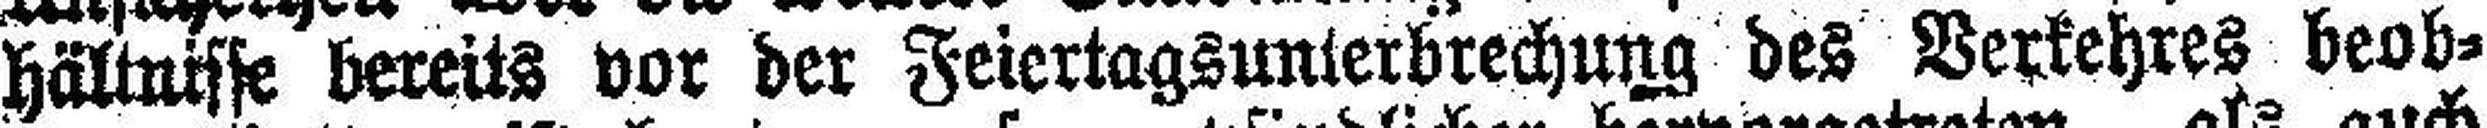
hältnisse bereits vor der Feiertagsunterbrechung des Verkehres beob¬